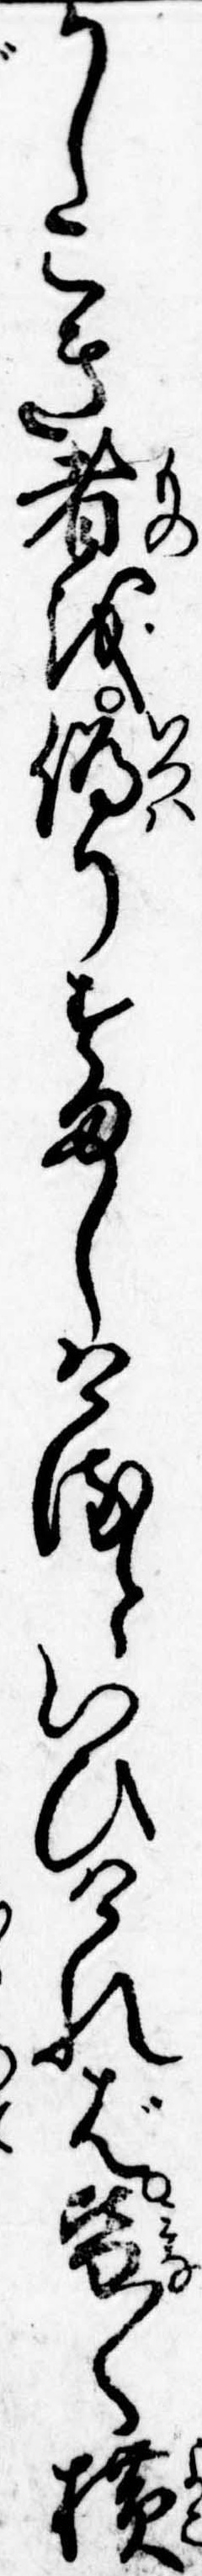
かしこき者を偽りすましけるといひければ皆〱横